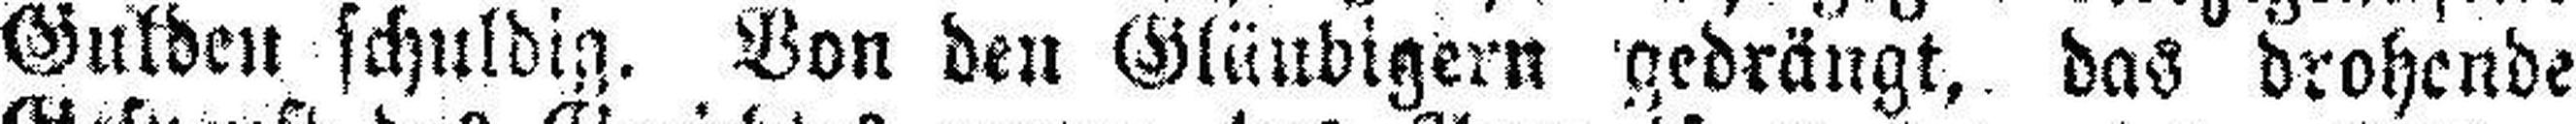
Gulden schuldig. Von den Gläubigern gedrängt, das drohende